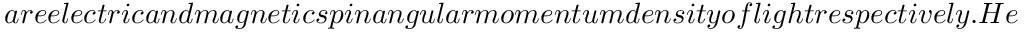
a r e e l e c t r i c a n d m a g n e t i c s p i n a n g u l a r m o m e n t u m d e n s i t y o f l i g h t r e s p e c t i v e l y . H e n c e , t h e S A M a n d t o t a l O A M d e n s i t y f o r t h e r a d i a l l y ( a z i m u t h a l l y ) p o l a r i z e d L G (